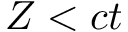
Z < c t